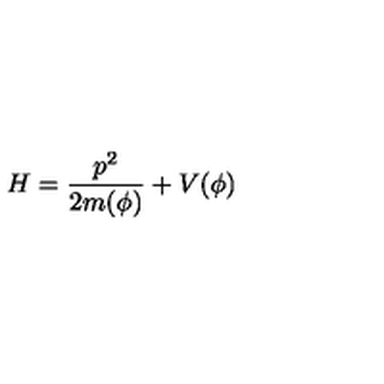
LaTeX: H = \frac { p ^ { 2 } } { 2 m ( \phi ) } + V ( \phi )